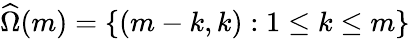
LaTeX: \widehat{\Omega}(m)=\{ (m-k,k):1\leq k\leq m\}